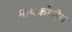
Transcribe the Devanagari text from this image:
मायकोलैव